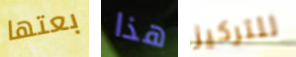
بعتها هذا للتركيز